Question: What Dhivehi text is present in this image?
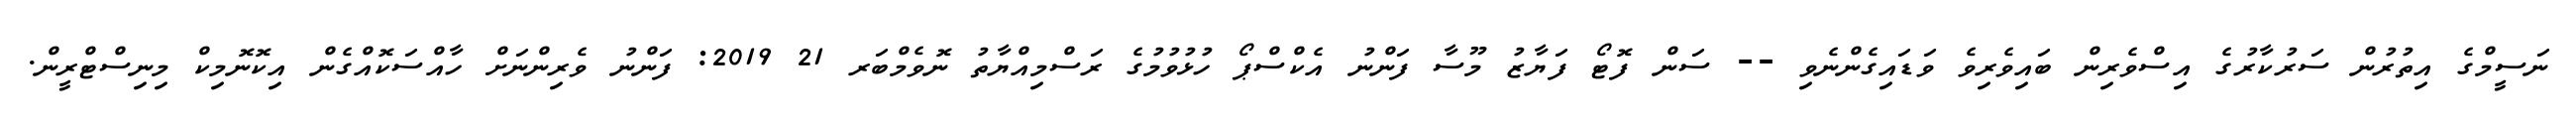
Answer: ނަސީމްގެ އިތުރުން ސަރުކާރުގެ އިސްވެރިން ބައިވެރިވެ ވަޑައިގެންނެވި -- ސަން ފޮޓޯ ފަޔާޒު މޫސާ ފަންނު އެކްސްޕޯ ހުޅުވުމުގެ ރަސްމިއްޔާތު ނޮވެމްބަރ 21 2019: ފަންނު ވެރިންނަށް ހާއްސަކޮއްގެން އިކޮނޮމިކް މިނިސްޓްރީން.